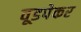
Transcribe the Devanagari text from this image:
वूडपेकर